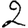
Digit: 2